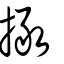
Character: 撖